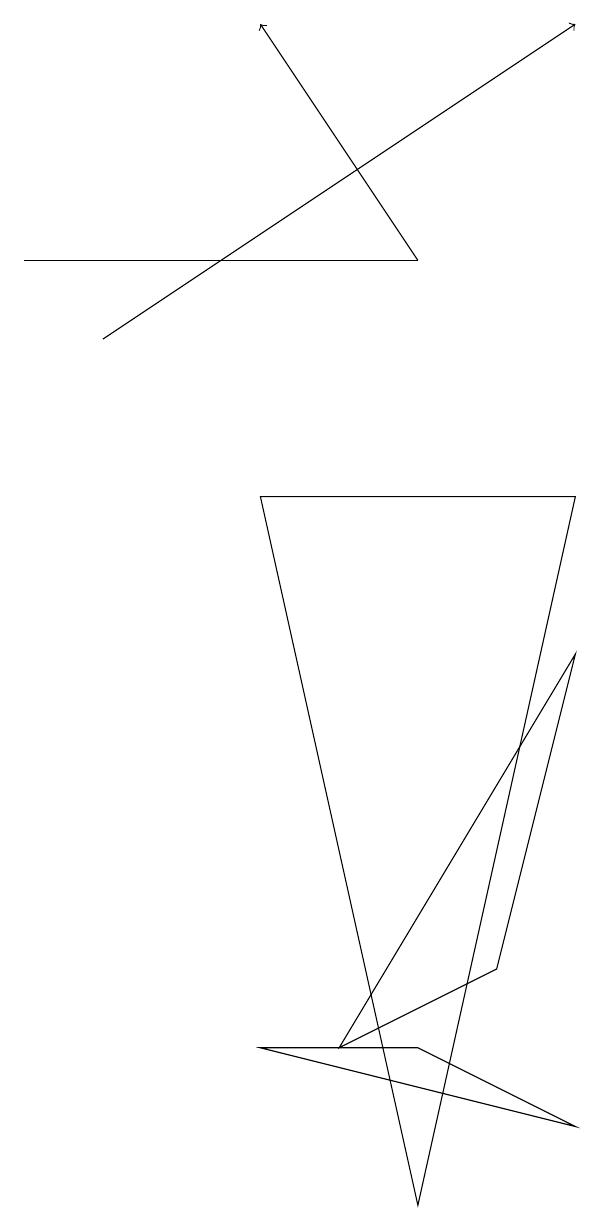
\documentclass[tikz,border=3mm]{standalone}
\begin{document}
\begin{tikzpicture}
\draw (9,1) -- (7,2) -- (5,2) -- cycle;
\draw[->] (7,12) -- (5,15);
\draw (7,12) rectangle (2,12);
\draw[->] (3,11) -- (9,15);
\draw (9,7) -- (8,3) -- (6,2) -- cycle;
\draw (5,9) -- (9,9) -- (7,0) -- cycle;
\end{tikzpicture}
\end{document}